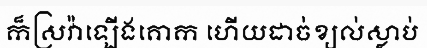
ក៏ស្រវ៉ាឡើងគោក ហើយដាច់ខ្យល់ស្លាប់